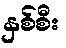
နှစ်စီး